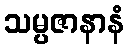
သမ္ပဇာနာနံ